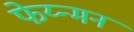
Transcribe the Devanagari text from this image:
फेय्न्मन